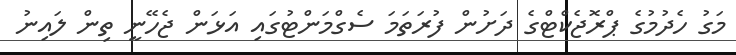
މަގު ހެދުމުގެ ޕްރޮޖެކްޓްގެ ދަށުން ފުރަތަމަ ސެގްމަންޓުގައި އަޅަން ޖެހޭނީ ތިން ލައިނު